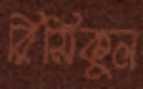
রিসিকুল